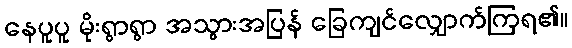
နေပူပူ မိုးရွာရွာ အသွားအပြန် ခြေကျင်လျှောက်ကြရ၏။